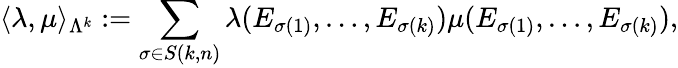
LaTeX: \langle\lambda,\mu\rangle_{\Lambda^{k}}:=\sum_{\sigma\in S(k,n)}\lambda(E_{\sigma(1)},\ldots,E_{\sigma(k)})\mu(E_{\sigma(1)},\ldots,E_{\sigma(k)}),